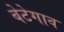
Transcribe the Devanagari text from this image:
बेटेगाव